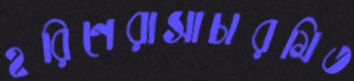
হরিণেরাসাচারমিত